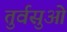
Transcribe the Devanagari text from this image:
तुर्वसुओं